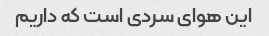
این هوای سردی است که داریم